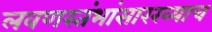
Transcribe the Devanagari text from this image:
लवणस्तंभांसारख्याच